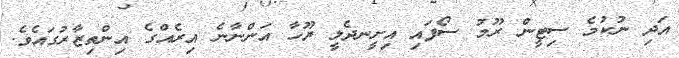
އަދި ނުކުމެ ސިޓީން ރޫމު ސޯފައި އިށީނދެލީ ޔޫހާ އަންނާނެ އިރެއްގެ އިންތިޒާރުގައެވެ.